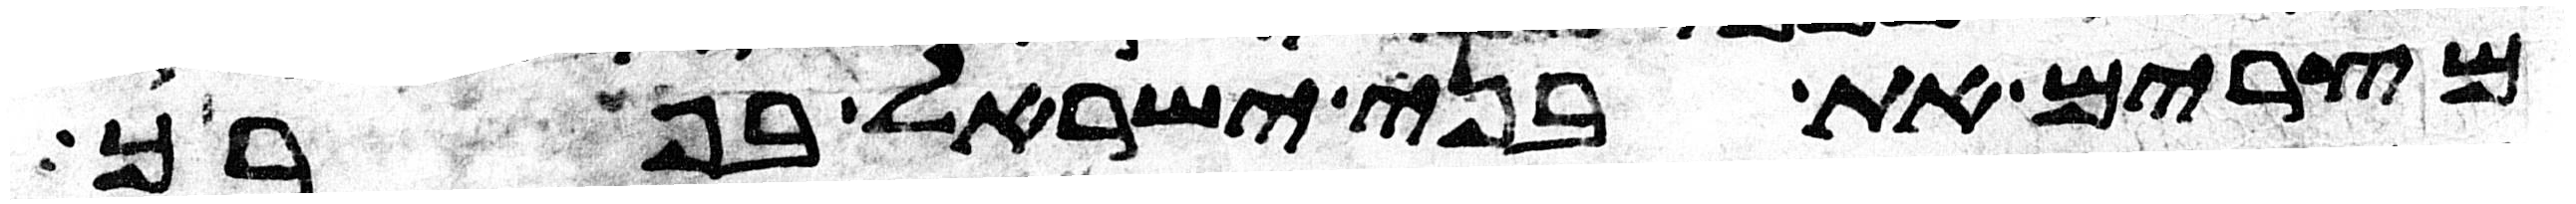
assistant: מצרים את בני ישראל בפרך